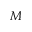
M